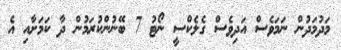
މަދުމަދުން ނަމަވެސް އަދިވެސް ގެލެކްސީ ނޯޓު 7 ބޭނުންކުރަމުން ދާ ކަމަށާއި އެ